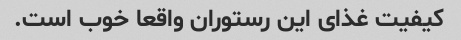
کیفیت غذای این رستوران واقعا خوب است.